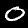
Label: 0